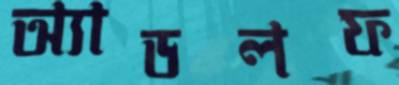
অ্যাডলফ